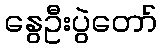
နွေဦးပွဲတော်